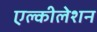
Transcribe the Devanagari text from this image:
एल्कीलेशन